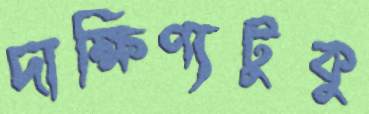
দাক্ষিণ্যটুকু